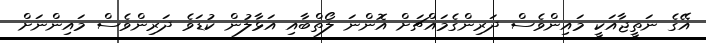
އޭގެ ނަތީޖާއަކީ މައިންވެސް ދަރިންގެމައްޗަށް އޮންނަ ލޯތްބާއި އަޅާލުން ކުޑަވެ ދަރިންވެސް މައިންނަށް